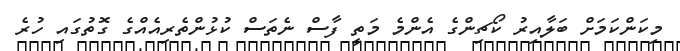
މިކަންކަމަށް ބަލާއިރު ކޯޗިންގެ އެންމެ މަތީ ފާސް ނެތަސް ކުޅުންތެރިއެއްގެ ގޮތުގައި ހުރެ